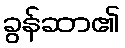
ခွန်ဆာ၏